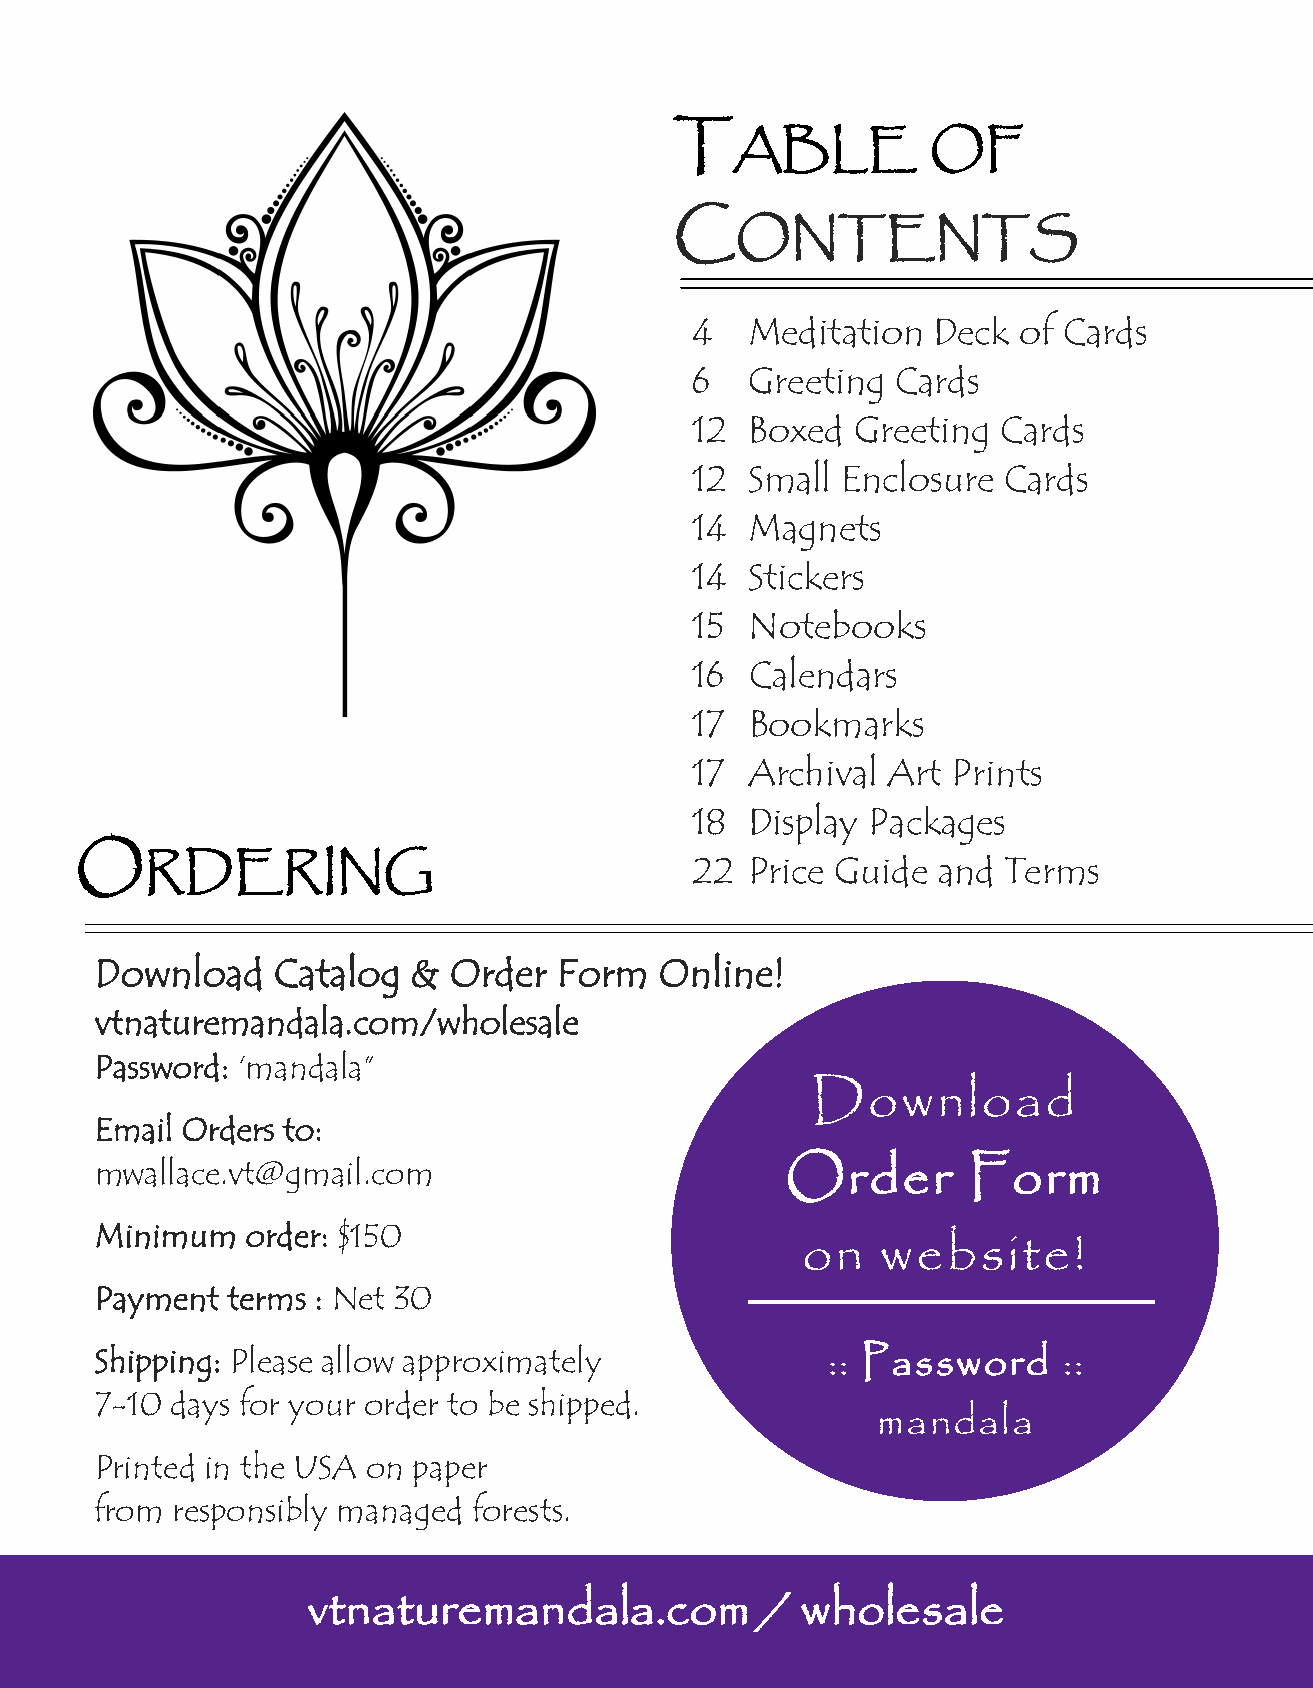
T
 ABLE         OF
 C
 ONTENTS
 4   Meditation  Deck of Cards
 6   Greeting Cards
 12  Boxed  Greeting Cards
 12  Small Enclosure Cards
 14  Magnets
 14  Stickers
 15  Notebooks
 16  Calendars
 17  Bookmarks
 17  Archival Art Prints
 18  Display Packages
 O    RDERING                             22  Price Guide and Terms
 Download    Catalog  &  Order  Form   Online!
 vtnaturemandala.com/wholesale
 Password: ‘mandala”
 Download
 Email Orders to:
 mwallace.vt@gmail.com                         Order       Form
 Minimum   order: $150
 on   website!
 Payment  terms : Net 30
 Shipping: Please allow approximately             :: Password    ::
 7-10 days for your order to be shipped.
 mandala
 Printed in the USA on paper
 from responsibly managed forests.
 vtnaturemandala.com           /  wholesale